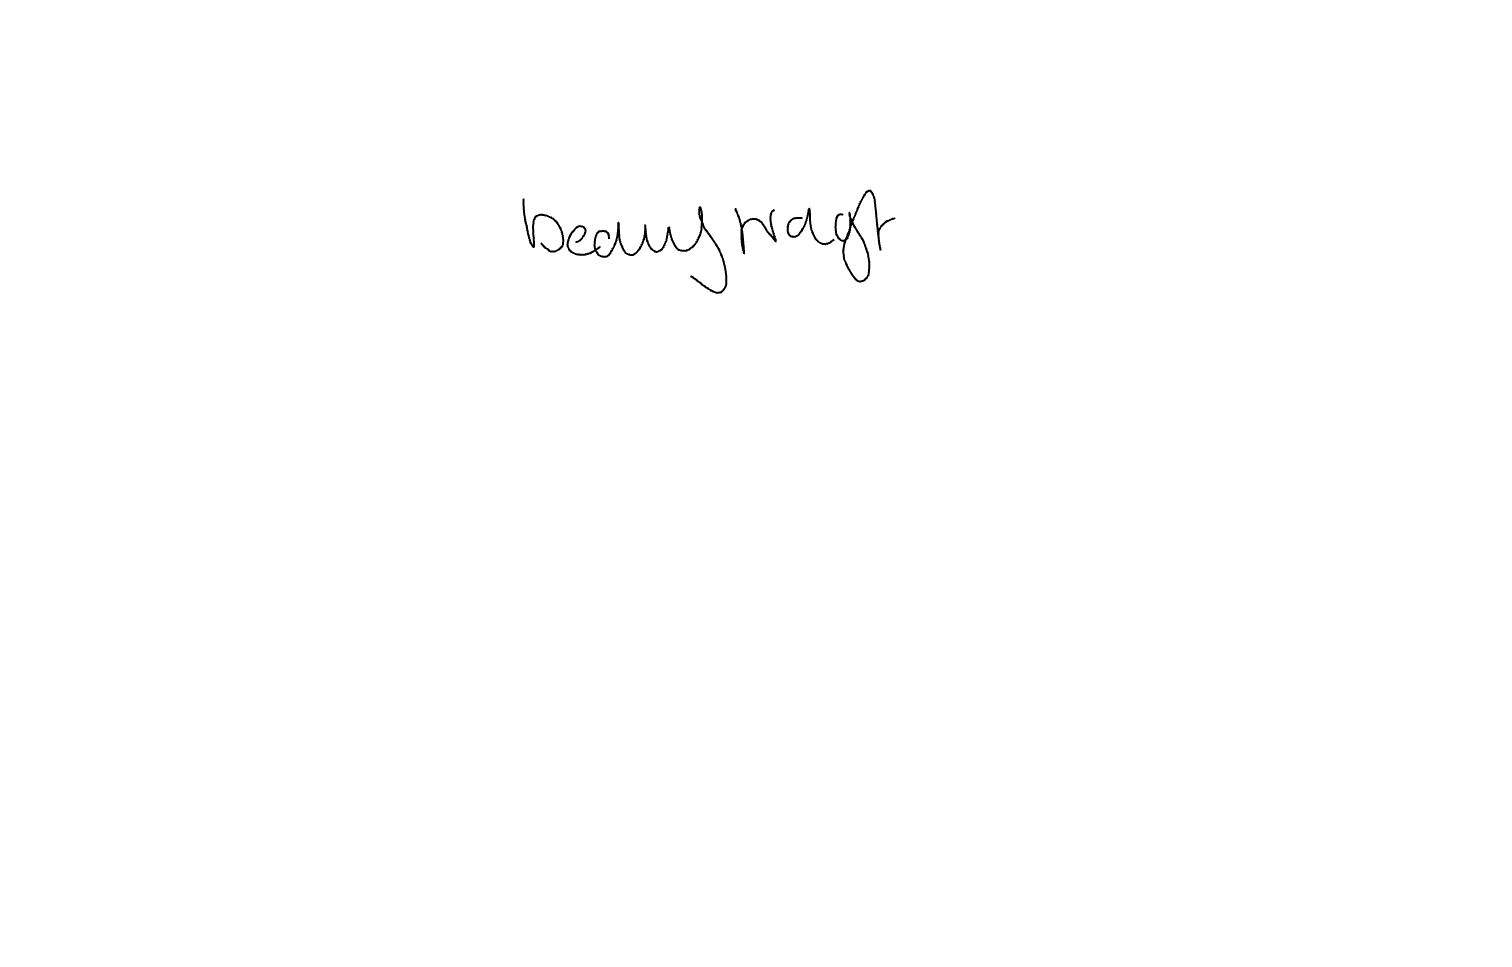
Text: beauftragt